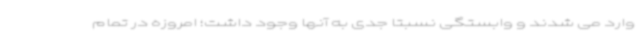
وارد می شدند و وابستگی نسبتا جدی به آنها وجود داشت؛ امروزه در تمام